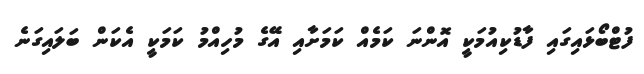
ފުޓްބޯޅައިގައި ފާޑުކިއުމަކީ އޮންނަ ކަމެއް ކަމަށާއި އޭގެ މުހިއްމު ކަމަކީ އެކަން ބަލައިގަނެ